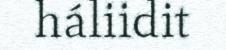
háliidit